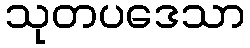
သုတပဒေသာ